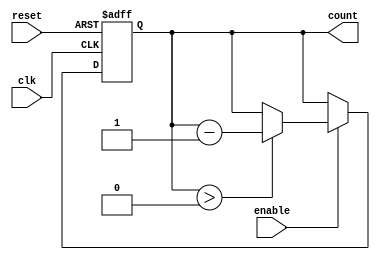
module MemoryBlocksDownCounter #(
    parameter N = 4,                // Number of bits for the counter (e.g., 4 for a max value of 15)
    parameter MAX_VALUE = 15        // Maximum value for the counter
)(
    input wire clk,                 // Clock input
    input wire reset,               // Asynchronous reset input
    input wire enable,              // Enable signal for counting
    output reg [N-1:0] count        // Current count output
);

    // Initialize the counter to the maximum value on reset
    always @(posedge clk or posedge reset) begin
        if (reset) begin
            count <= MAX_VALUE;      // Reset to maximum value
        end else if (enable) begin
            if (count > 0) begin
                count <= count - 1;  // Decrement the counter if greater than zero
            end
            // If count is zero, it remains zero
        end
    end

endmodule